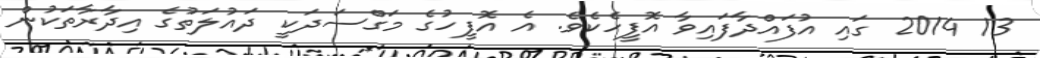
13 2014 ގައި އުފައްދާފައިވާ އޮފީހެކެވެ. އެ އޮފީހުގެ މަގްސަދަކީ ދައުލަތުގެ އިދާރާތަކުން